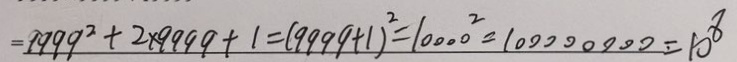
= 9 9 9 9 ^ { 2 } + 2 \times 9 9 9 9 + 1 = ( 9 9 9 9 + 1 ) ^ { 2 } = 1 0 0 0 0 ^ { 2 } = 1 0 0 0 0 0 0 0 0 = 1 0 ^ { 8 }